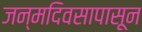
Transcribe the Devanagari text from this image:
जन्मदिवसापासून